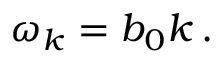
\omega _ { k } = b _ { 0 } k \, .